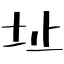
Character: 址